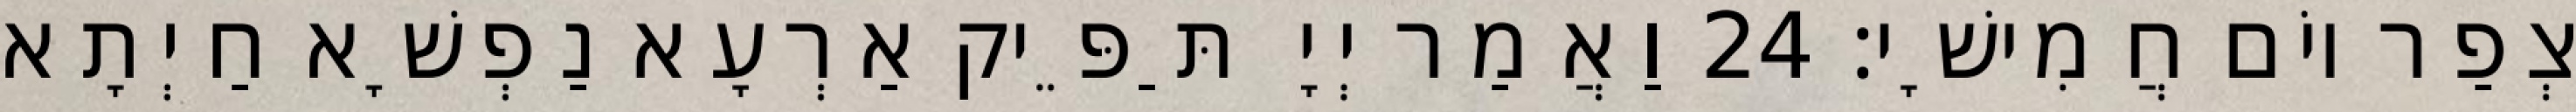
צְפַר יוֹם חֲמִישָׁי׃ 24 וַאֲמַר יְיָ תַּפֵּיק אַרְעָא נַפְשָׁא חַיְתָא